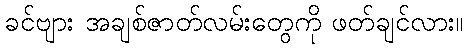
ခင်ဗျား အချစ်ဇာတ်လမ်းတွေကို ဖတ်ချင်လား။